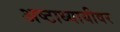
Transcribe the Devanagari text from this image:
अष्टाध्यायीवर